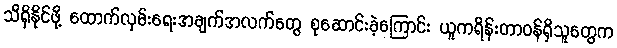
သိရှိနိုင်ဖို့ ထောက်လှမ်းရေးအချက်အလက်တွေ စုဆောင်းခဲ့ကြောင်း ယူကရိန်းတာဝန်ရှိသူတွေက